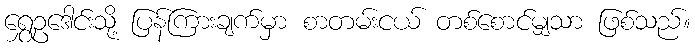
ရွှေဥဒေါင်းသို့ ပြန်ကြားချက်မှာ စာတမ်းငယ် တစ်စောင်မျှသာ ဖြစ်သည်။